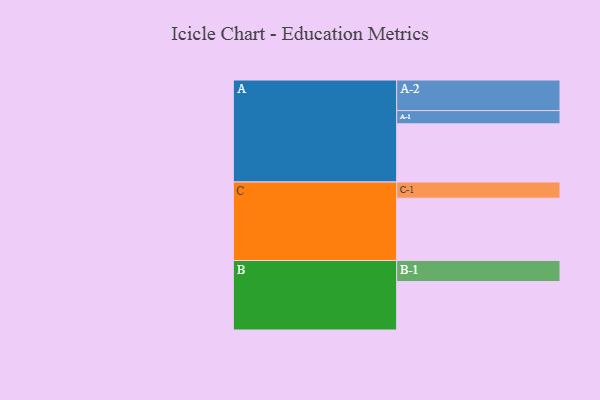
{"axis": {"x": "Segment", "y": "Value"}, "legend": ["", "A", "B", "C"], "data": [{"x": "A", "y": 517, "type": ""}, {"x": "B", "y": 431, "type": ""}, {"x": "C", "y": 554, "type": ""}, {"x": "A-1", "y": 118, "type": "A"}, {"x": "A-2", "y": 272, "type": "A"}, {"x": "B-1", "y": 187, "type": "B"}, {"x": "C-1", "y": 144, "type": "C"}]}